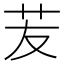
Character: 苃